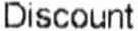
DISCOUNT